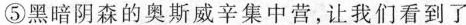
⑤黑暗阴森的奥斯威辛集中营，让我们看到了